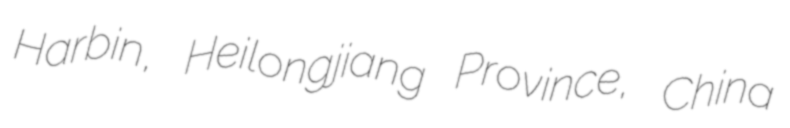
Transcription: Harbin, Heilongjiang Province, China